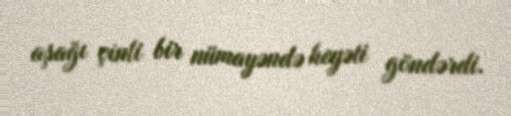
aşağı çinli bir nümayəndə heyəti göndərdi.